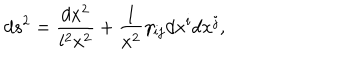
d s ^ { 2 } = \frac { d x ^ { 2 } } { l ^ { 2 } x ^ { 2 } } + \frac 1 { x ^ { 2 } } \gamma _ { i j } d x ^ { i } d x ^ { j } ,